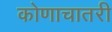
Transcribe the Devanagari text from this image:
कोणाचातरी